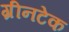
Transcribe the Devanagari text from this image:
ग्रीनटेक